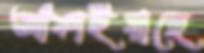
আঁকাইয়াছে